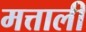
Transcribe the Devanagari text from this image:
मत्ताली